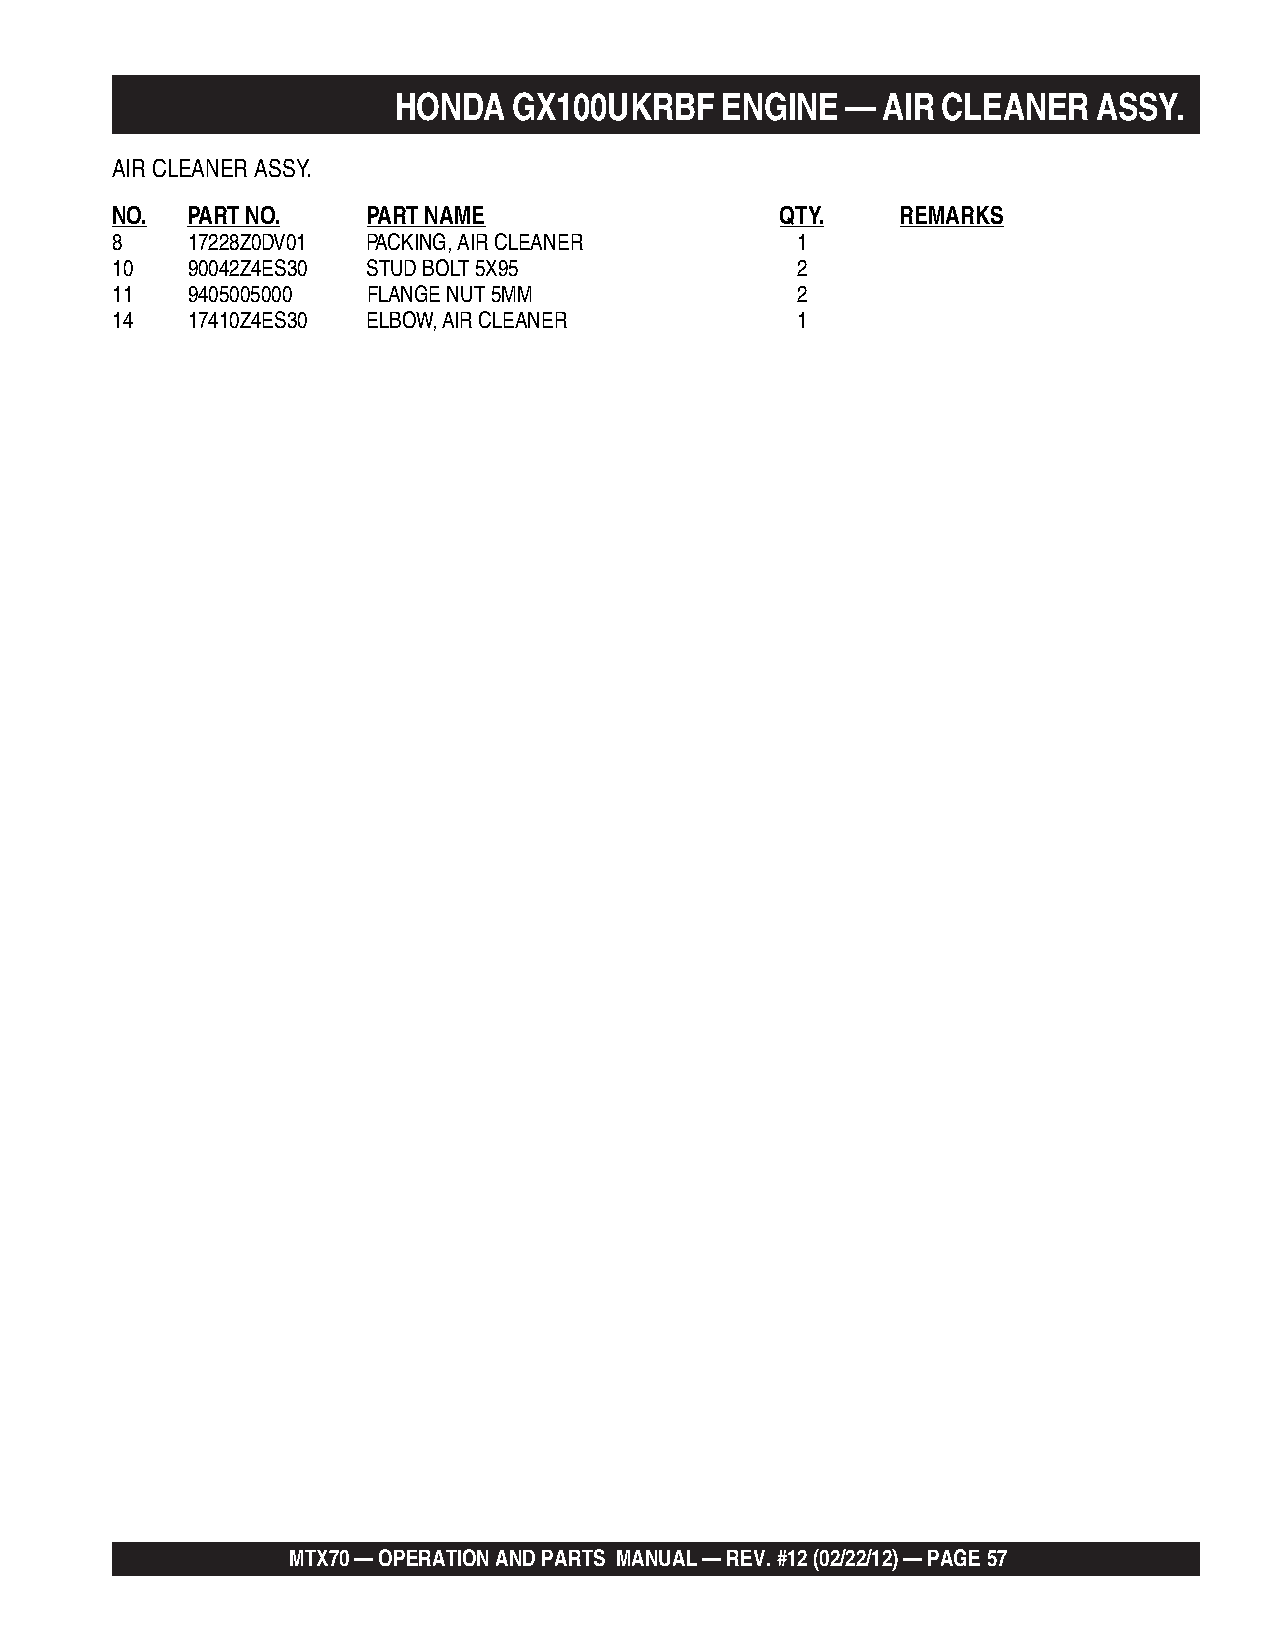
HONDA   GX100UKRBF    ENGINE  — AIR CLEANER    ASSY.
 AIR CLEANER ASSY.
 NO.  PART NO.    PART NAME                   QTY.    REMARKS
 8    17228Z0DV01 PACKING, AIR CLEANER         1
 10   90042Z4ES30 STUD BOLT 5X95               2
 11   9405005000  FLANGE NUT 5MM               2
 14   17410Z4ES30 ELBOW, AIR CLEANER           1
 MTX70 — OPERATION AND PARTS MANUAL — REV. #12 (02/22/12) — PAGE 57